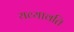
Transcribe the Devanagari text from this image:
यव्यावति